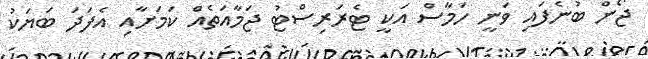
ޖޯން ބުނެފައި ވަނީ ހަމާސް އަކީ ޓެރަރިސްޓު ޖަމާއަތެއް ކަމަށާއި އެފަދަ ބަޔަކު